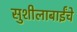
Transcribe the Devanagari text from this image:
सुशीलाबाईंचे